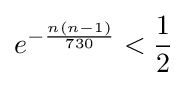
e^{-{\frac {n(n-1)}{730}}}<{\frac {1}{2}}